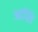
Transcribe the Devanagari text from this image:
आप्लि